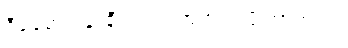
ဒီခေတ် ပန်းချီသင်ရတာထက် ပိုကြာတယ်။